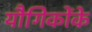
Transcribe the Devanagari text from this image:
यौगिकोंके